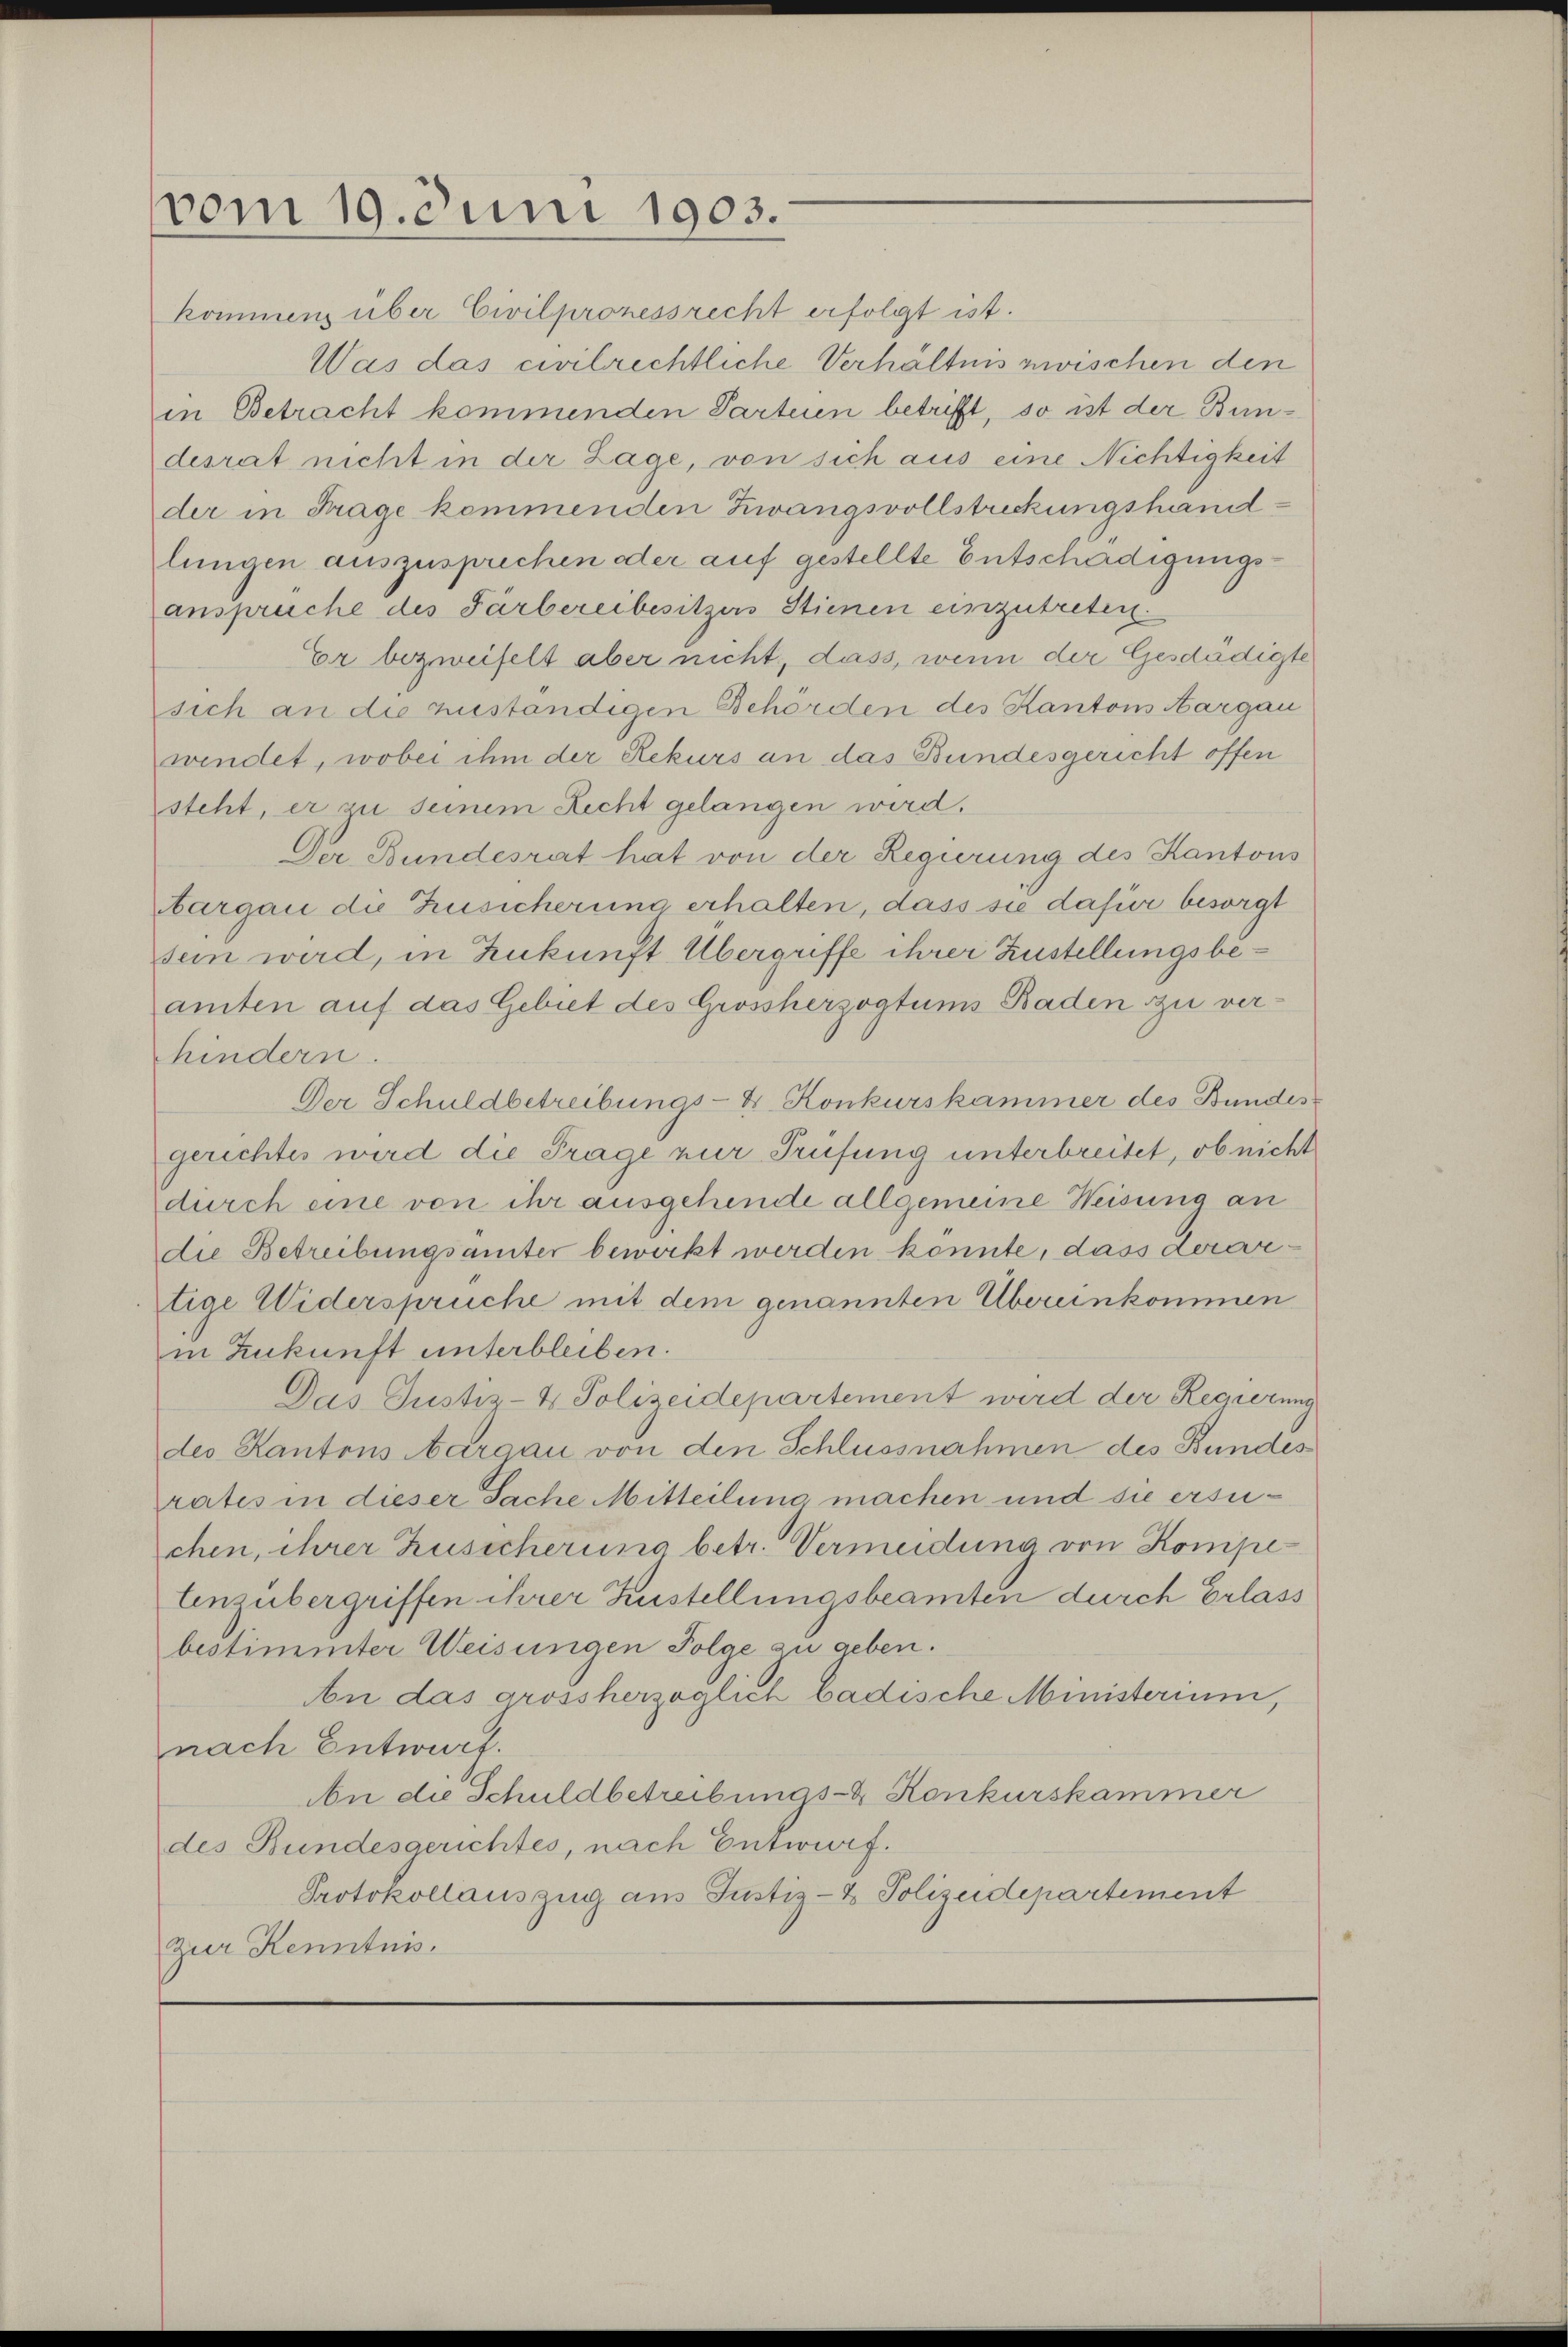
vom 19. Juni 1903.

kommens über Civilprozessrecht erfolgt ist.
Was das civilrechtliche Verhältnis zwischen den
in Betracht kommenden Parteien betrifft, so ist der Bundesrat nicht in der Lage, von sich aus eine Nichtigkeit
der in Frage kommenden Zwangsvollstreckungshandlungen auszusprechen oder auf gestellte Entschädigungsansprüche des Färbereibesitzers Stienen einzutreten.
Er bezweifelt aber nicht, dass, wenn der Geschädigte
sich an die zuständigen Behörden des Kantons Aargau
wendet, wobei ihm der Rekurs an das Bundesgericht offen
steht, er zu seinem Recht gelangen wird.
Der Bundesrat hat von der Regierung des Kantons
argau die Zusicherung erhalten, dass sie dafür besorgt
sein wird, in Zukunft Übergriffe ihrer Zustellungsbeamten auf das Gebiet des Grossherzogtums Baden zu verhindern.
Der Schuldbetreibungs-V. Konkurskammer des Bundes
gerichtes wird die Frage zur Prüfung unterbreitet, ob nicht
durch eine von ihr ausgehende allgemeine Weisung an
die Betreibungsämter bewirkt werden konnte, dass derartige Widersprüche mit dem genannten Übereinkommen
in Zukunft unterbleiben.
Das Justiz- & Polizeidepartement wird der Regierung
des Kantons Aargau von den Schlussnahmen des Bundes
rates in dieser Sache Mitteilung machen und sie ersuchen, ihrer Zusicherung betr. Vermeidung von Kompe
Enzübergriffen ihrer Zustellungsbeamten durch Erlass
bestimmter Weisungen Folge zu geben.
An das grossherzoglich badische Ministerium,
nach Entwurf.
An die Schuldbetreibungs- & Konkurskammer
des Bundesgerichtes, nach Entwurf.
Protokollauszug aus Justiz- & Polizeidepartement
Zur Kenntnis.